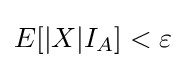
E[|X|I_{A}]<\varepsilon